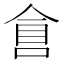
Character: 𠋑